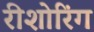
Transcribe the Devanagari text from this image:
रीशोरिंग